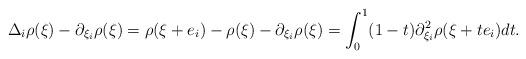
LaTeX: \begin{align*} \Delta_i \rho(\xi)-\partial_{\xi_i}\rho(\xi) = \rho(\xi+e_i)-\rho(\xi)-\partial_{\xi_i}\rho(\xi)= \int_0^1 (1-t)\partial_{\xi_i}^2\rho(\xi+te_i)dt. \end{align*}